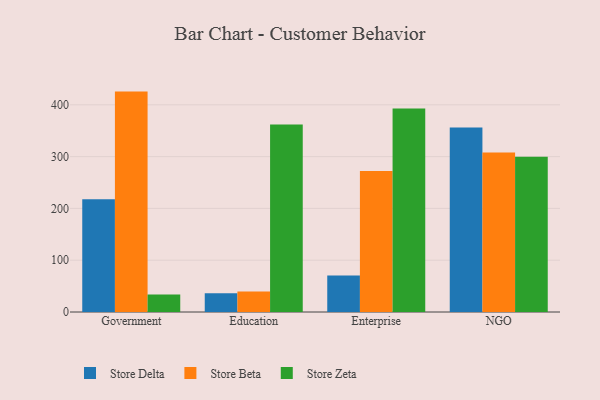
{"axis": {"x": "Segment", "y": "Conversion Rate (%)"}, "legend": ["Store Beta", "Store Delta", "Store Zeta"], "data": [{"x": "Government", "y": 217.5, "type": "Store Delta"}, {"x": "Government", "y": 425.5, "type": "Store Beta"}, {"x": "Government", "y": 33.6, "type": "Store Zeta"}, {"x": "Education", "y": 36.3, "type": "Store Delta"}, {"x": "Education", "y": 39.4, "type": "Store Beta"}, {"x": "Education", "y": 362.0, "type": "Store Zeta"}, {"x": "Enterprise", "y": 70.6, "type": "Store Delta"}, {"x": "Enterprise", "y": 272.0, "type": "Store Beta"}, {"x": "Enterprise", "y": 393.1, "type": "Store Zeta"}, {"x": "NGO", "y": 356.0, "type": "Store Delta"}, {"x": "NGO", "y": 307.7, "type": "Store Beta"}, {"x": "NGO", "y": 299.6, "type": "Store Zeta"}]}